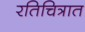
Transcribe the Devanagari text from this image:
रतिचित्रात